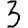
Digit: 3